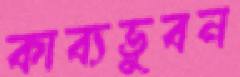
কাব্যভুবন